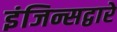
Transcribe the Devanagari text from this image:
इंजिन्सद्वारे